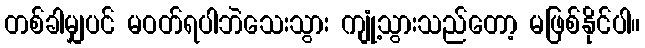
တစ်ခါမျှပင် မဝတ်ရပါဘဲသေးသွား ကျုံ့သွားသည်တော့ မဖြစ်နိုင်ပါ။